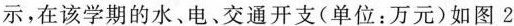
示，在该学期的水、电、交通开支(单位：万元)如图2